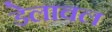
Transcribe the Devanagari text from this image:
डेलावल